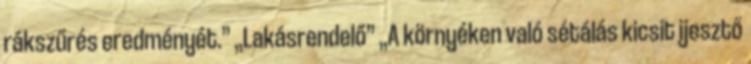
rákszűrés eredményét.” „Lakásrendelő” „A környéken való sétálás kicsit ijesztő